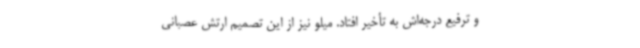
و ترفیع درجه‌اش به تأخیر افتاد. میلو نیز از این تصمیم ارتش عصبانی